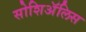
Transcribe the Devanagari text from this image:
सोशिअॅलिस